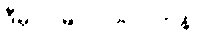
ဒီမှာ ဝမ် ၁၀၀၀၀ တန်ပါ။